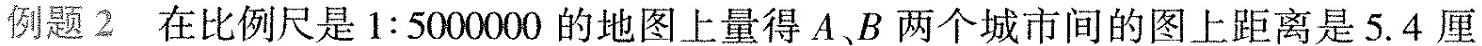
例题2在比例尺是$$1:5000000$$的地图上量得A、B两个城市间的图上距离是5.4厘